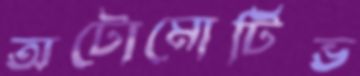
অটোমোটিভ